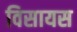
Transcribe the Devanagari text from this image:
विसायस